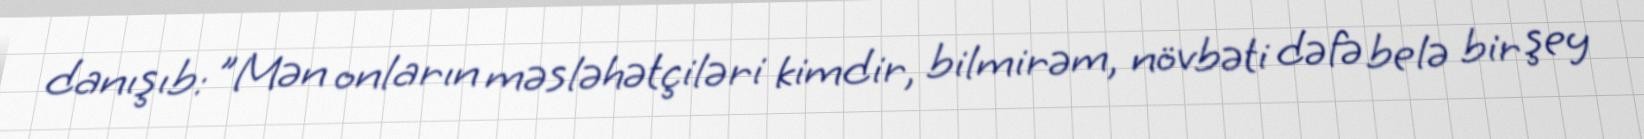
danışıb: "Mən onların məsləhətçiləri kimdir, bilmirəm, növbəti dəfə belə bir şey